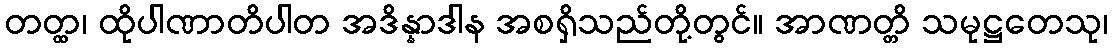
တတ္ထ၊ ထိုပါဏာတိပါတ အဒိန္နာဒါန အစရှိသည်တို့တွင်။ အာဏတ္တိ သမုဋ္ဌတေသု၊